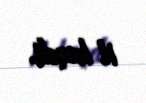
il keçdi.